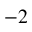
^ { - 2 }